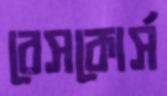
রেসকোর্স